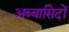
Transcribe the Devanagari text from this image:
अब्बासिदों